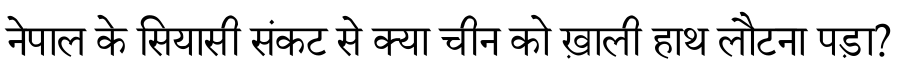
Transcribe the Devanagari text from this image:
नेपाल के सियासी संकट से क्या चीन को ख़ाली हाथ लौटना पड़ा?